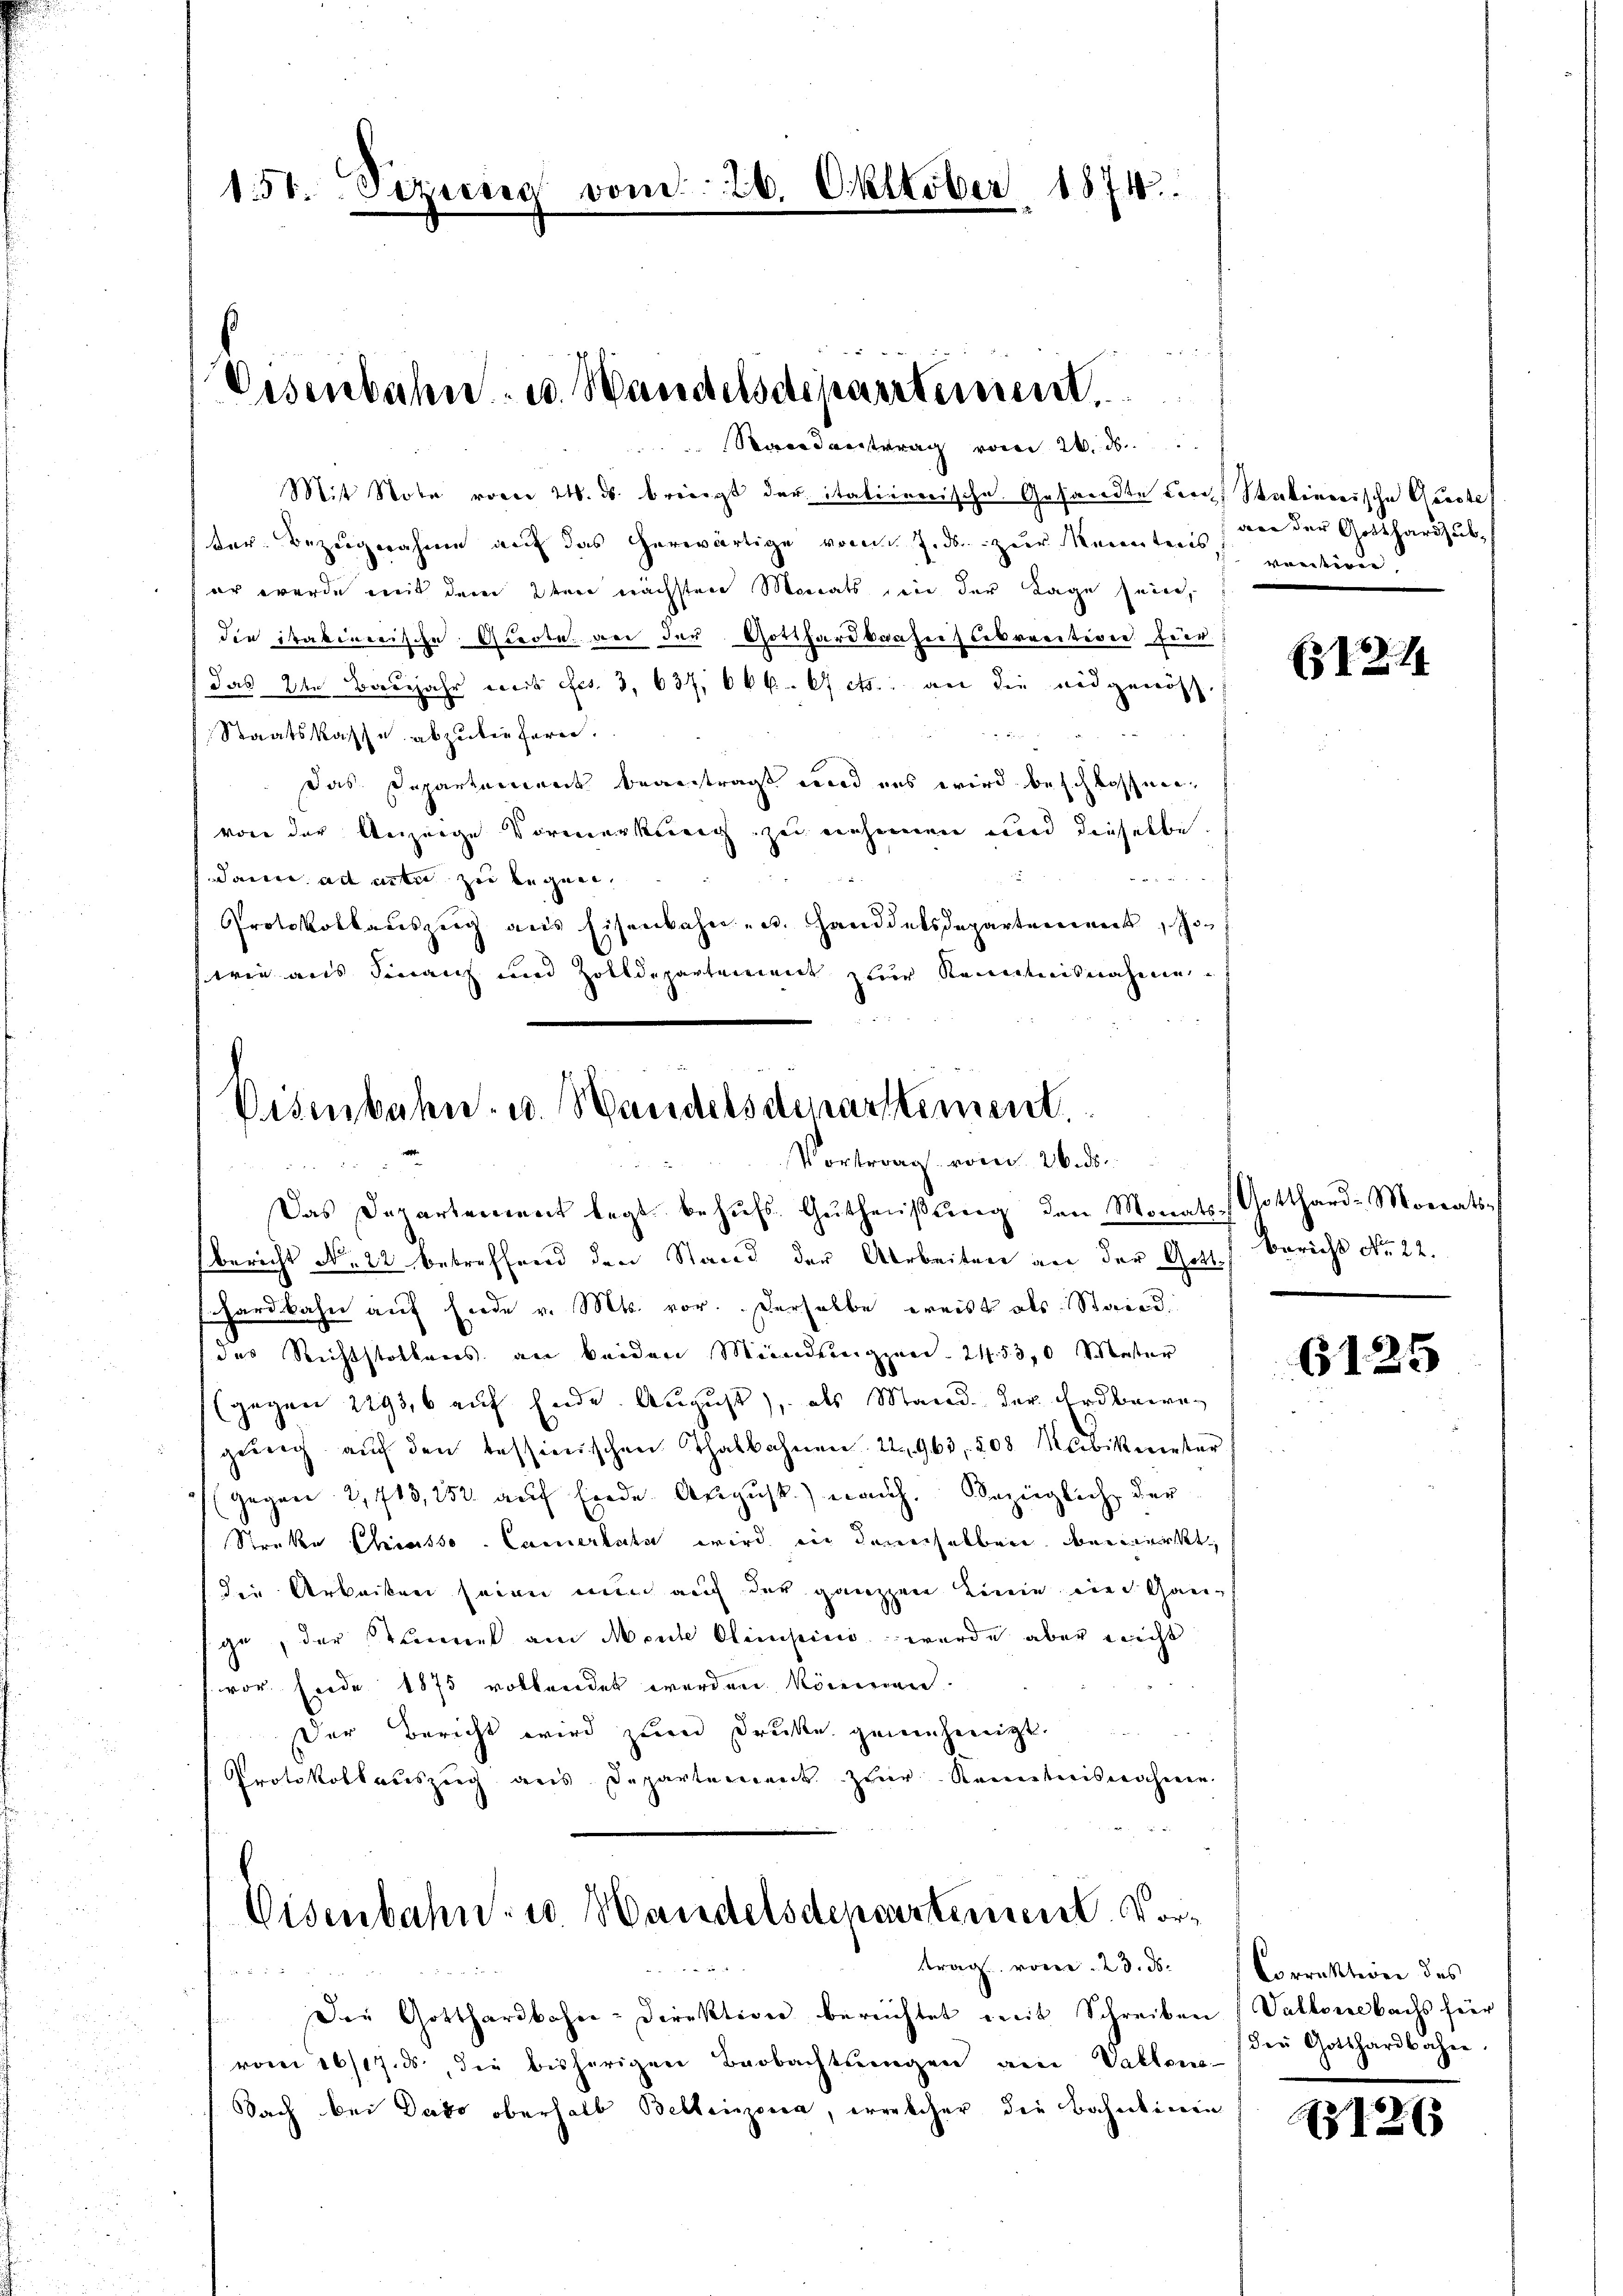
151. Sezung vom 26. Oktober 1874.

Vesenbahn u. Wandelsdepartement.
Standentrag vom 24. d

Mit Note vorer 216. ds. bringt der italienerische Gesandte durch Statinerische Ausste
ter Bezugnahme auf das herwärtige vom J. ds. zur Kennten, ventiren.
er werde mit dem 2ten nächsten Monats in der Tage sein,
die itakinerische Quote an den Gotthardkaufeislebrention für
Jas 2te Banjahr weit fes. 3. 637, Okt. A cts. an die eidgenöss.
Staatskasse abzuliefern.
e
Das Departement beantragt und uns wird beschlossen,
von der Anzeige Vormerkung zu nehmen und dieselbe.

dann ad acta zu legen,
Protokollauszug aus Eisenbahn- u. Handdelsdepartement, so
wie aus Finanz und Zolldepartement zur Kenntnisnahme

Visenbahn- u. Wandelsdepartement
Vortrag vom 26. ds.
Das Departement legt behŭfs Gŭtheißung den Monats- Gotthard-Monats-

bericht No 22 betreffend den Stand der Arbeiten an der Gottschardbahn auf Ende v. Mts. vor. Derselbe ereist als Staind
des Richtstollens an beiden Mindernigzued. 21. 53,0 Meister
gegen 2293, 6 auf Ende. August), als Mand der Erdbeireg
genug auf den tessienischen Thalbahnen 22. 963. 508 Mabikmeter
Gegen 2,713,152 auf finde August.) nach. Bezügliche der
Streke Chiasso. Camertata wird in demselben bemerkt,
die Arbeiten seien nun auch der ganzen Linie ein Gan-
ge, der Tannes am Meck Oleinsein wurde aber nicht
vor Ende 1875 vollendet werden könnenen
Der Bericht wird zum Drucke gewenhereigt.
Protokollauszug aus Departement zur Kenntnisnahmen.

Eisenbahn- u. Handelsdepartement. Vortrag vom 23. ds.

x 2
Die Gotthardbahn-Direktion bereichtet mit Schreiben (Vallonebachs für
vom 16/17. ds., die bisherigen Beobachtungen an Vallons-
Fach bei Dato oberhalb Bellinzona, errecher die Bahntenen

an der Gotthardsub¬

2

Bericht No. 22.

6125

Correktion des
der Gotthardbahne.

1263